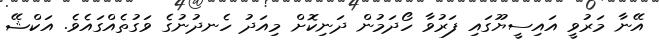
އޭނާ މަރުވީ އައިސީޔޫގައި ފަރުވާ ހޯދަމުން ދަނިކޮށް މިއަދު ހެނދުނުގެ ވަގުތެއްގައެވެ. އަކްޝޭ